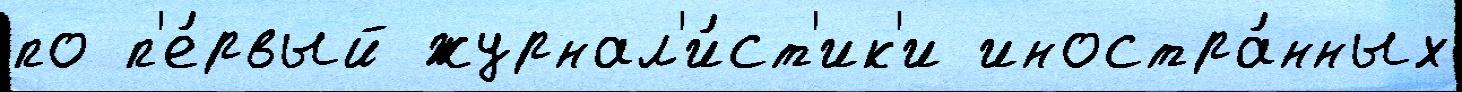
по п'е́рвый журнал'и́ст'ик'и иностра́нных